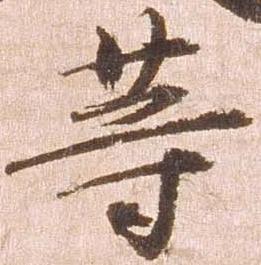
等